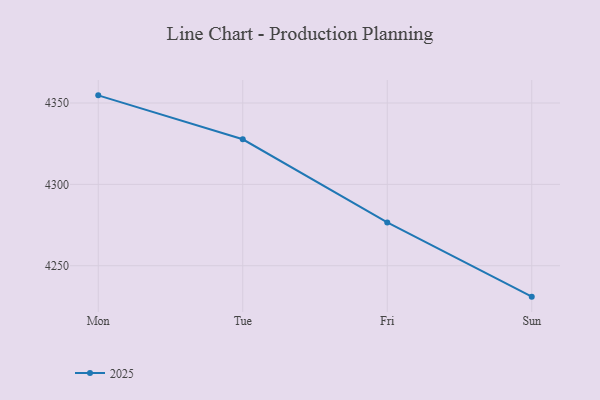
{"axis": {"x": "Day", "y": "Budget (USD K)"}, "legend": ["2025"], "data": [{"x": "Mon", "y": 4354.7, "type": "2025"}, {"x": "Tue", "y": 4327.7, "type": "2025"}, {"x": "Fri", "y": 4276.6, "type": "2025"}, {"x": "Sun", "y": 4231.0, "type": "2025"}]}